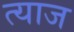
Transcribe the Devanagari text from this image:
त्याज